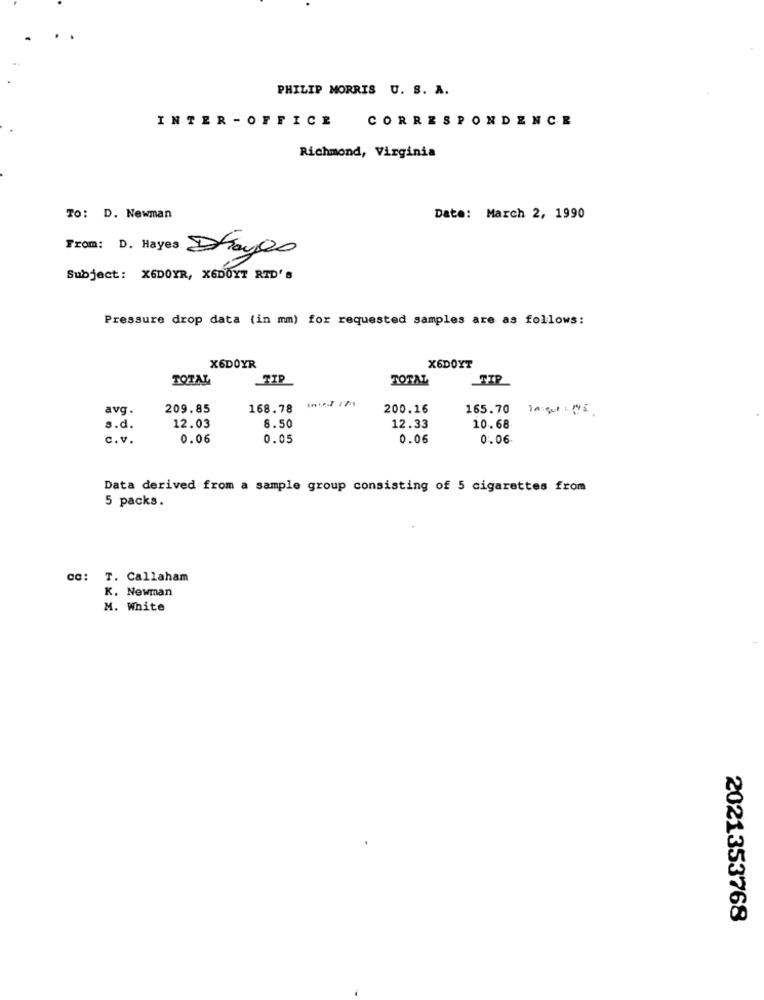
PHILIP MORRIS U. S. A.
INTER - OFFICE CORRESPONDENCE
Richmond, Virginia
To: D. Newman
Date: March 2, 1990
From: D. Hayes Dayes
Subject: X6DOYR, X6DOYT RTD' S
Pressure drop data (in mm) for requested samples are as follows:
X6DOYR
X6DOYT
TOTAL
TIP
TOTAL
TIP
avg.
209.85
168.78
200.16
165.70 1A:gut: 175
s.d.
12.03
8.50
12.33
10.68
c.v.
0.06
0.05
0.06
0.06
Data derived from a sample group consisting of 5 cigarettes from
5 packs.
Cc: T. Callaham
K. Newman
M. White
2021353768